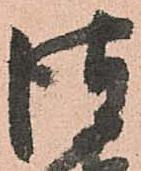
彼